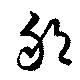
邦